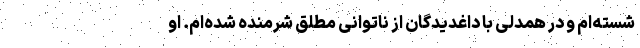
شسته‌ام و در همدلی با داغدیدگان از ناتوانی مطلق شرمنده شده‌ام. او